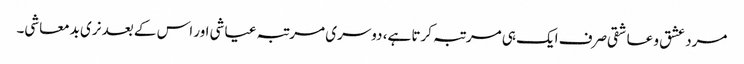
مرد عشق و عاشقی صرف ایک ہی مرتبہ کرتا ہے، دوسری مرتبہ عیاشی اور اس کے بعد نری بدمعاشی۔